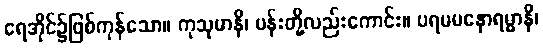
ရေအိုင်၌ဖြစ်ကုန်သော။ ကုသုမာနိ၊ ပန်းတို့လည်းကောင်း။ ပရမမနောရမ္မာနိ၊